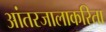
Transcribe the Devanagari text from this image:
आंतरजालाकरिता